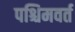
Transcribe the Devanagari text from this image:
पश्चिमवर्त